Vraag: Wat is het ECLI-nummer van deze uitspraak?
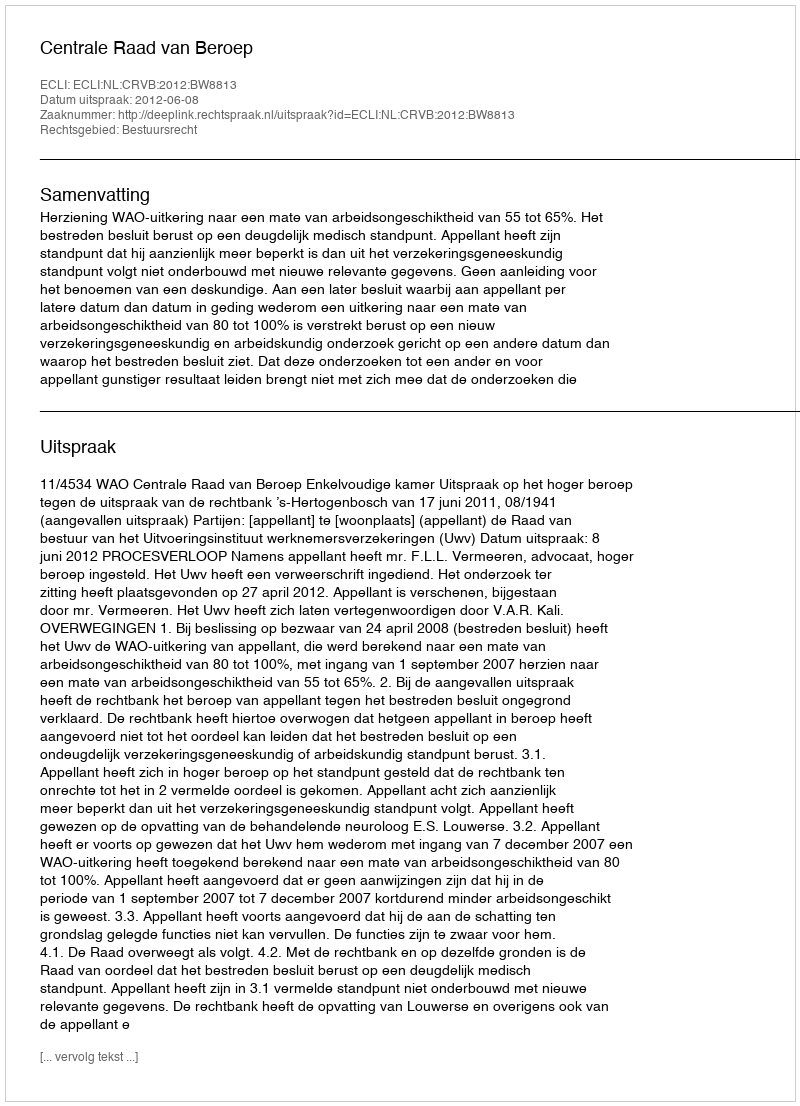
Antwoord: ECLI:NL:CRVB:2012:BW8813